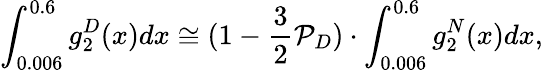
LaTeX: \int_{0.006}^{0.6}g_{2}^{D}(x)dx\cong(1-\frac{3}{2}{\cal P}_{D})\cdot\int_{0.006}^{0.6}g_{2}^{N}(x)dx,